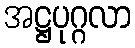
အဋ္ဌပုဂ္ဂလာ